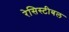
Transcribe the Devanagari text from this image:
रेसिस्टीबल